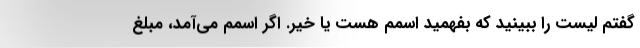
گفتم لیست را ببینید که بفهمید اسمم هست یا خیر. اگر اسمم می‌آمد، مبلغ